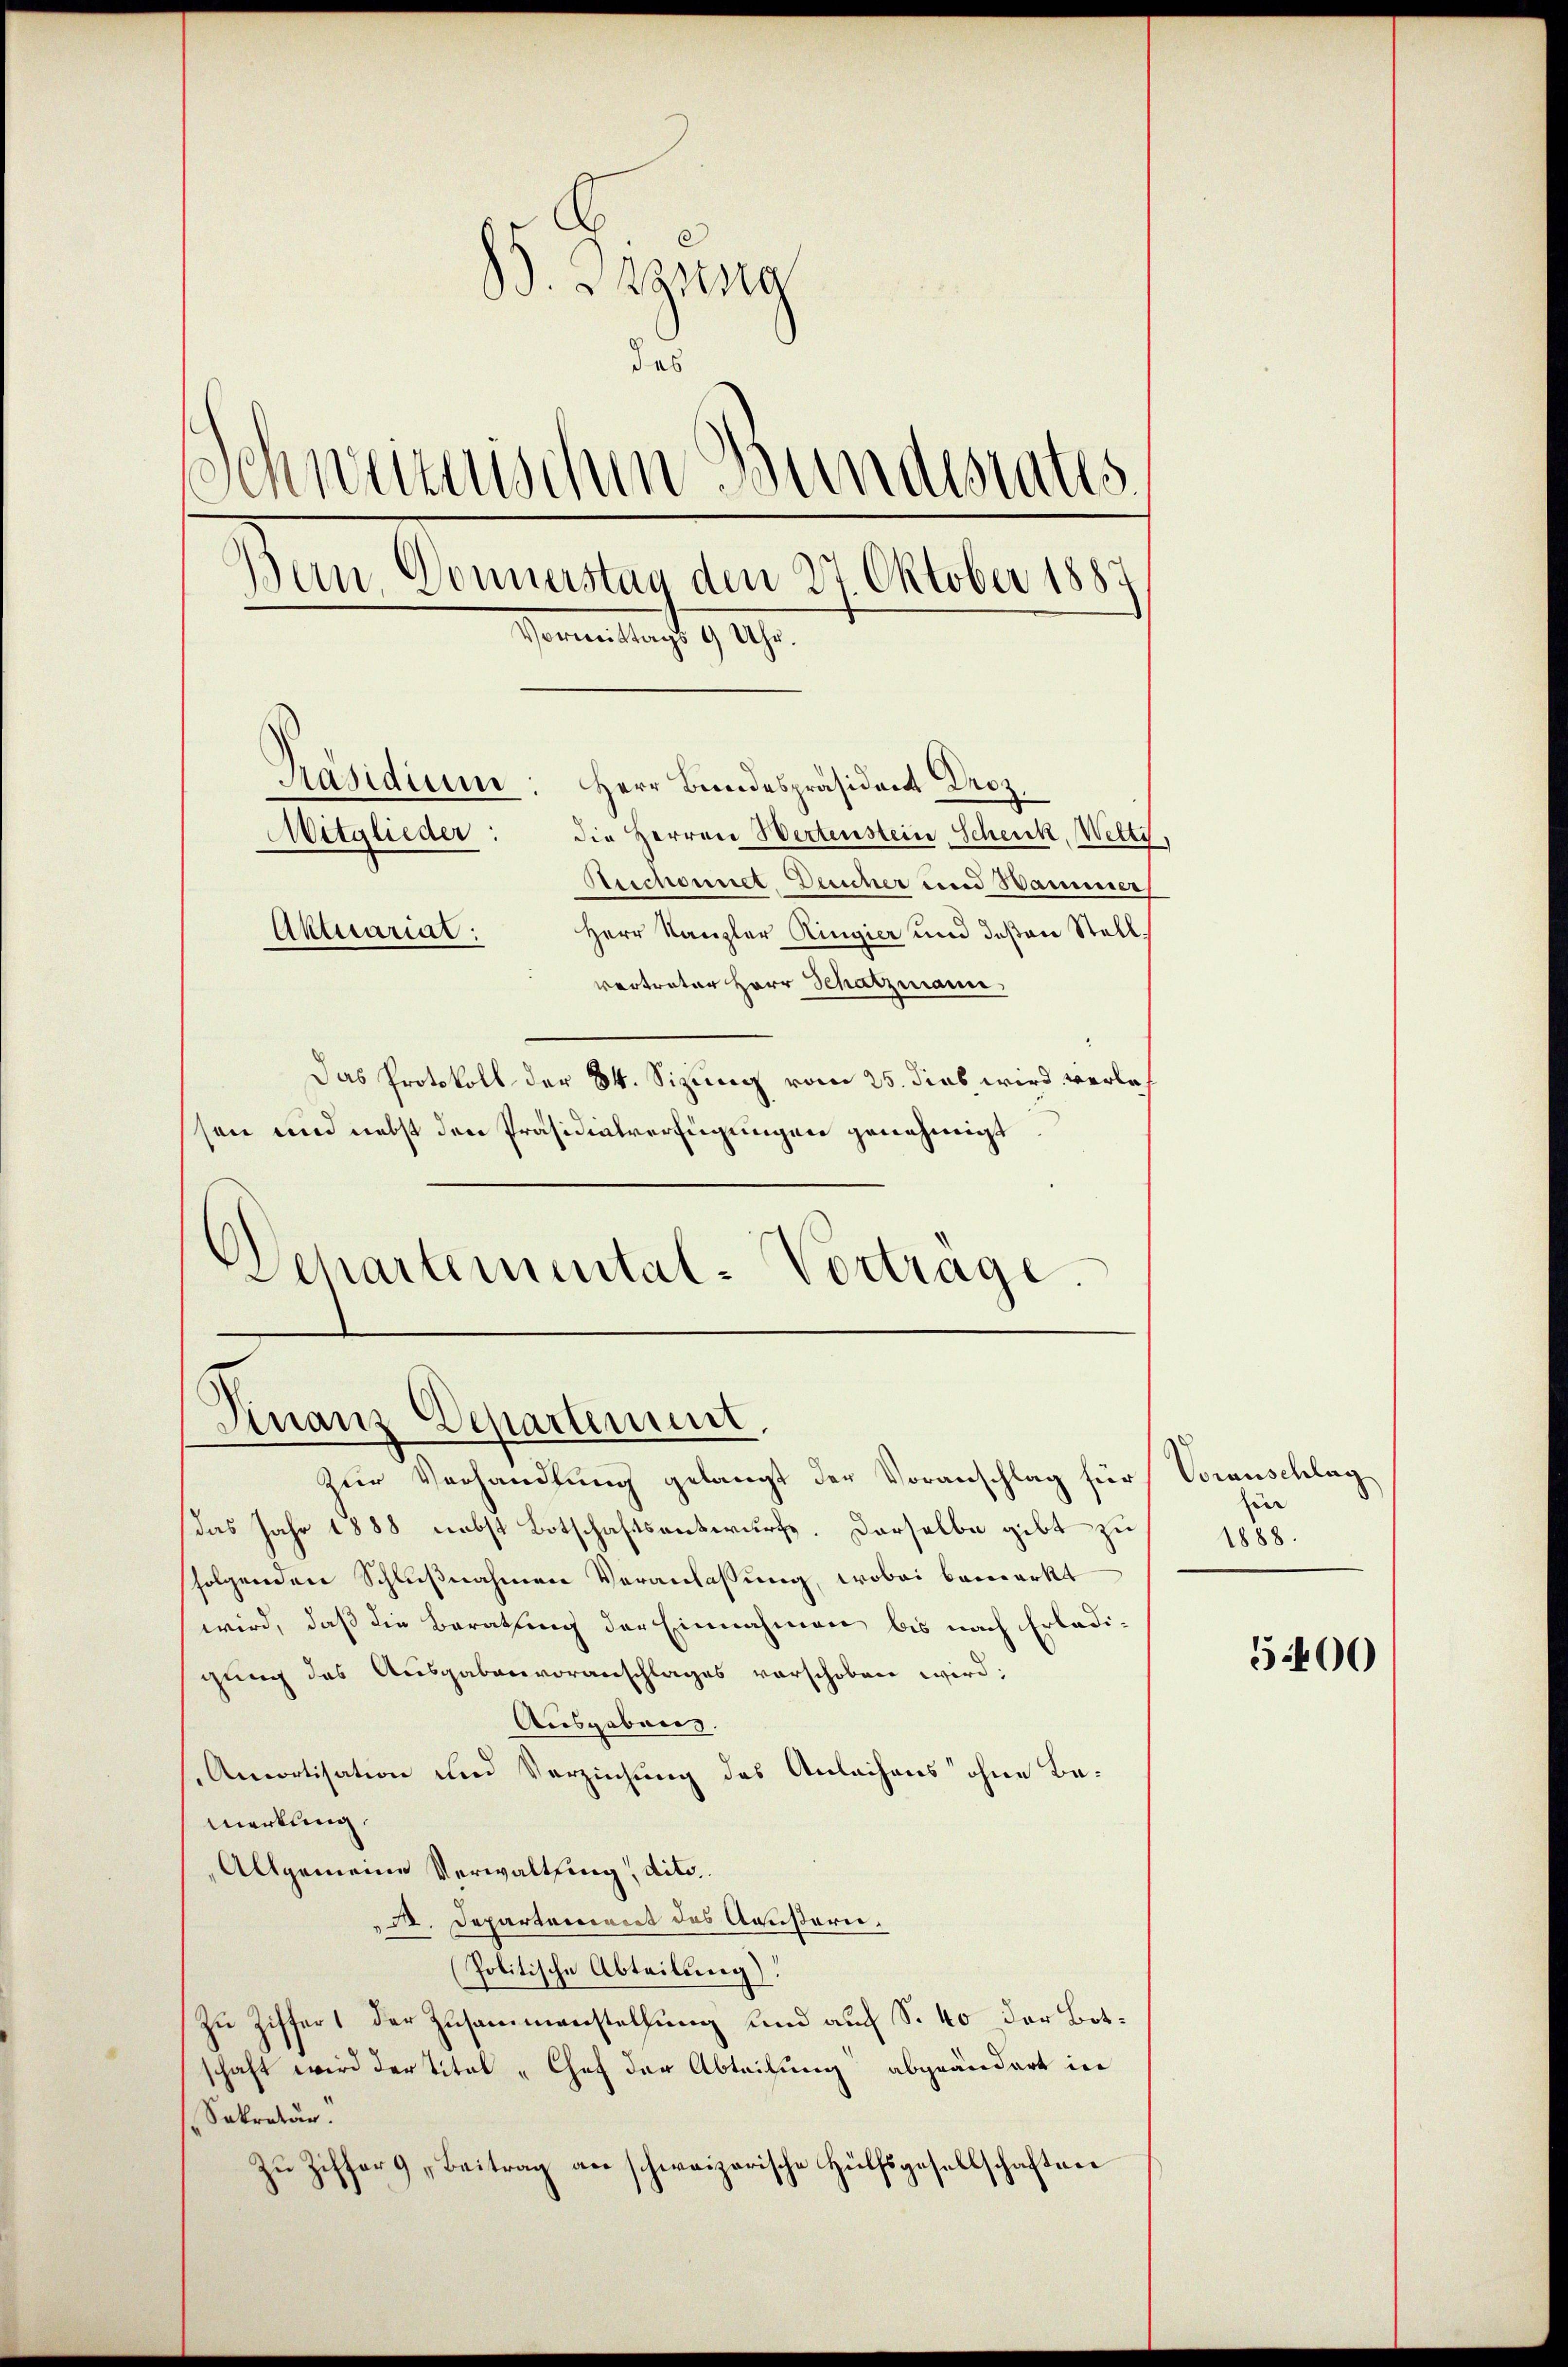
B. Irgena
des
Schweizerischen Bundestates
Bern Donnerstag den 27. Oktober 1887
Formelangt 9. 19.
Präsidium: Herr Bundespräsident Droz.
Mitglieder: die Herren Wertenstein Schenk, Wetti,
Neschonnet, Deucher und Hammer
Aktuariat:
Herr Kanzler Ringier und deßen Stellvertreter Herr Schatzmann,
Das Protokoll der 34. Sizung vom 25. dies, wird verlesen und nebst den Präsidialverfügungen genehmigt.

Wehartemental-Vortrage.

Finanz-Departement,

Zur Verhandlung gelangt der Voranschlag für
das Jahr 1888 nebst Botschaftsentwurfs. Derselbe gibt zu
folgenden Schlŭβnahmen Veranlassung, wobei bemerkt
wird, daß die Berathung der Einnahmen bis nach Erledigung des Ausgabenvoranschlages verschoben wird:
Ausgabung.
Amcortisation und Verziehung des Anlachens ohne Bemerkung.
Allgemeine Verwaltung, dito.
A. Departement des Aaußern.
(Politische Abteilung).
Zu Ziffer 1 der Zusammenstellung und auch S. 40 der Botschaft wird der Titel -Chef der Abteilung abgeändert in
Sokratur.
Zu Ziffer „Beitrag an schweizerische Hülfsgesellschaften

Voranschlag
r
1888.

5400